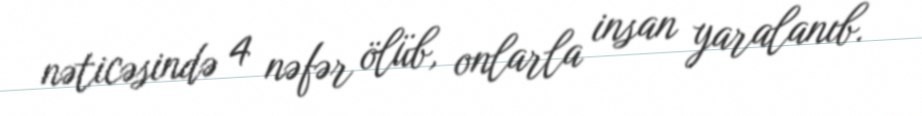
nəticəsində 4 nəfər ölüb, onlarla insan yaralanıb.